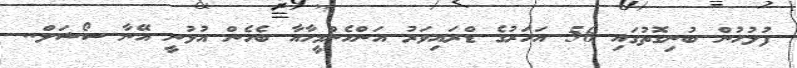
ފުލުހުން ބުނިގޮތުގައި 56 އަހަރުގެ ޑްރައިވަރު އަންހެންމީހާއާ ބެހެން އުޅުނީ އޭނާ ސޯޝަލް..